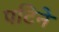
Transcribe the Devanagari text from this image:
पटिने